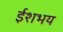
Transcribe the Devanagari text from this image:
ईशभय